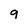
Character: 9